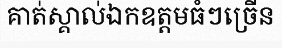
គាត់ស្គាល់ឯកឧត្តមធំៗច្រើន